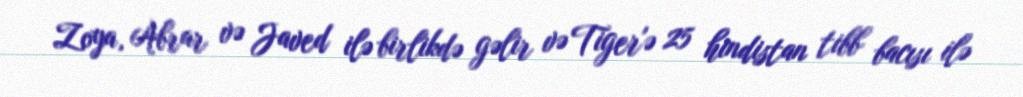
Zoya, Abrar və Javed ilə birlikdə gəlir və Tiger'ə 25 hindistan tibb bacısı ilə